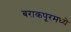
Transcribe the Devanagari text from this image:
बराकपूरमध्ये